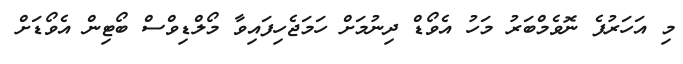
މި އަހަރުފެ ނޮވެމްބަރު މަހު އެވޯޑް ދިނުމަށް ހަމަޖެހިފައިވާ މޯލްޑިވްސް ބޯޓިން އެވޯޑަށް